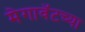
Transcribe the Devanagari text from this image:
मेगावॅटच्या